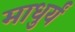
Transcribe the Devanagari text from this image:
माधुर्यं